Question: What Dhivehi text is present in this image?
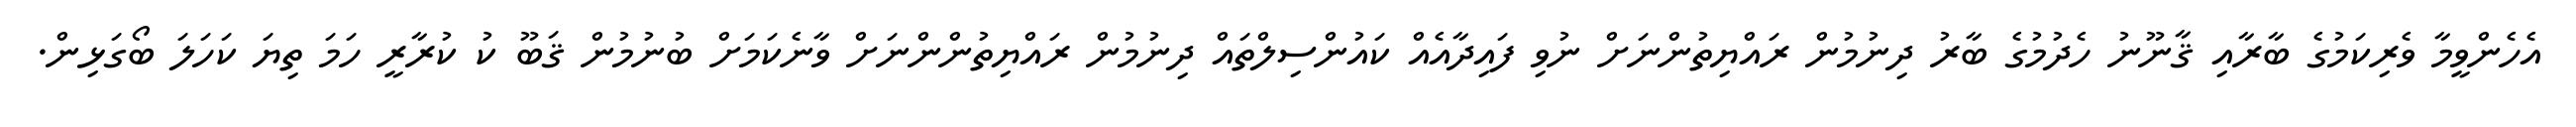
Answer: އެހެންވީމާ ވެރިކަމުގެ ބާރާއި ޤާނޫނު ހެދުމުގެ ބާރު ދިނުމުން ރައްޔިތުންނަށް ނުވި ފައިދާއެއް ކައުންސިލްތައް ދިނުމުން ރައްޔިތުންންނަށް ވާނެކަމަށް ބުނުމުން ޤަބޫ ކު ކުރާރީ ހަމަ ތިޔަ ކަހަލަ ބޯގަޅިން.